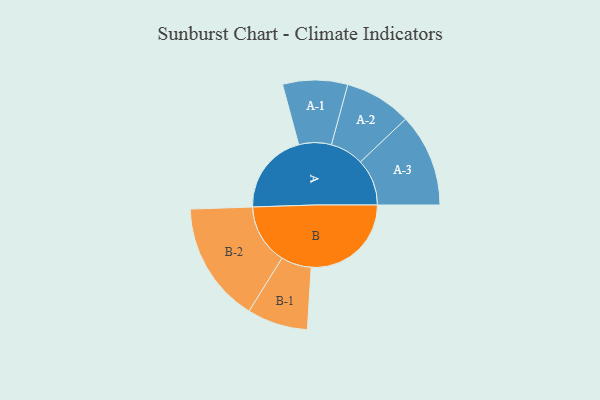
{"axis": {"x": "Segment", "y": "Value"}, "legend": ["", "A", "B"], "data": [{"x": "A", "y": 390, "type": ""}, {"x": "B", "y": 475, "type": ""}, {"x": "A-1", "y": 154, "type": "A"}, {"x": "A-2", "y": 159, "type": "A"}, {"x": "A-3", "y": 221, "type": "A"}, {"x": "B-1", "y": 144, "type": "B"}, {"x": "B-2", "y": 286, "type": "B"}]}